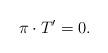
LaTeX: \begin{align*}\pi \cdot T' = 0.\end{align*}